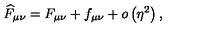
\widehat { F } _ { \mu \nu } = F _ { \mu \nu } + f _ { \mu \nu } + o \left( \eta ^ { 2 } \right) ,